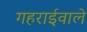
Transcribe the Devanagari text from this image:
गहराईवाले